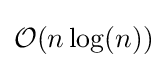
{\mathcal {O}}(n\log(n))